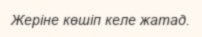
Жеріне көшіп келе жатад.